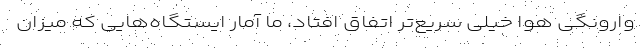
وارونگی هوا خیلی سریع‌تر اتفاق افتاد، ما آمار ایستگاه‌هایی که میزان